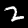
Label: 2